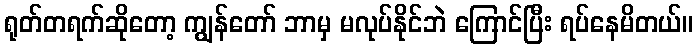
ရုတ်တရက်ဆိုတော့ ကျွန်တော် ဘာမှ မလုပ်နိုင်ဘဲ ကြောင်ပြီး ရပ်နေမိတယ်။